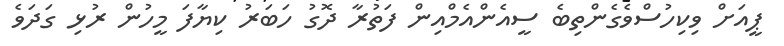
ޕީއަށް ވިކިހުސްވެގެންތިބެ ސީއެންއެމްއިން ފަތުރާ ދޮގު ހަބަރު ކިޔާފަ މީހުން ރުޅި ގަދަވެ